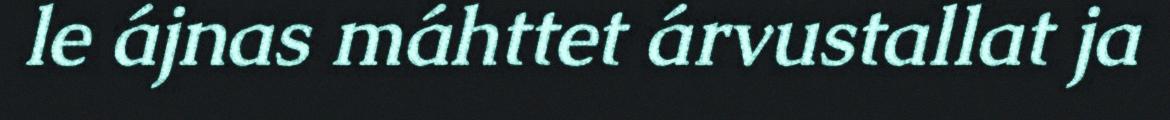
le ájnas máhttet árvustallat ja